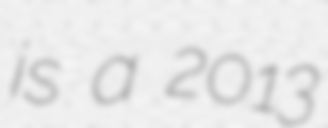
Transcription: is a 2013